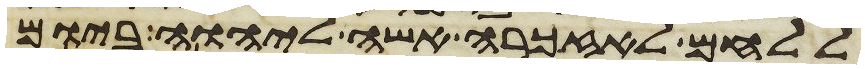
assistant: ללחם לאזכרה אשה ליהוה ביום